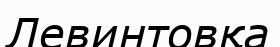
Левинтовқа